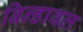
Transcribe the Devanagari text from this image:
बिन्डावल